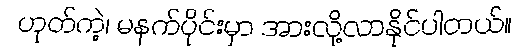
ဟုတ်ကဲ့၊ မနက်ပိုင်းမှာ အားလို့လာနိုင်ပါတယ်။